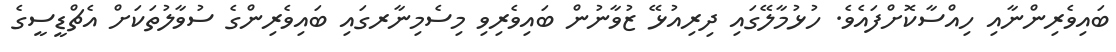
ބައިވެރިންނާއި ހިއްސާކޮށްފައެވެ. ހުޅުމާލޭގައި ދިރިއުޅޭ ޒުވާނުން ބައިވެރިވި މިސެމިނާރގައި ބައިވެރިންގެ ސުވާލުތަކަށް އެޗްޑީސީގެ